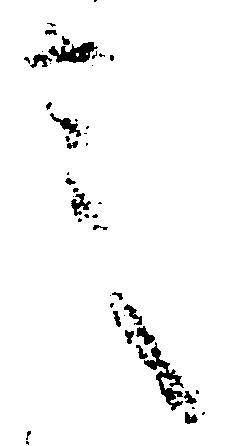
言